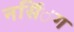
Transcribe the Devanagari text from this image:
नर्सि॑ग